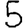
Digit: 5